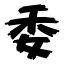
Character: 委